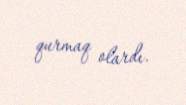
qurmaq olardı.